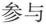
参与